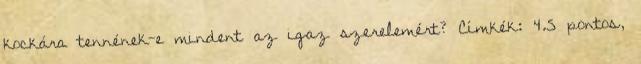
kockára tennének-e mindent az igaz szerelemért? Címkék: 4.5 pontos,